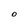
Character: O